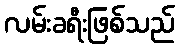
လမ်းခရီးဖြစ်သည်